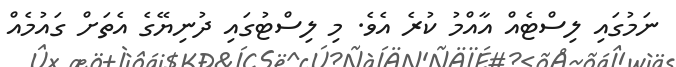
ނަމުގައި ލިސްޓެއް އާއްމު ކުރެ އެވެ. މި ލިސްޓުގައި ދުނިޔޭގެ އެތަށް ގައުމެއް